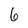
Character: 6